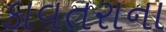
કાવતરાના